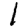
Digit: 1